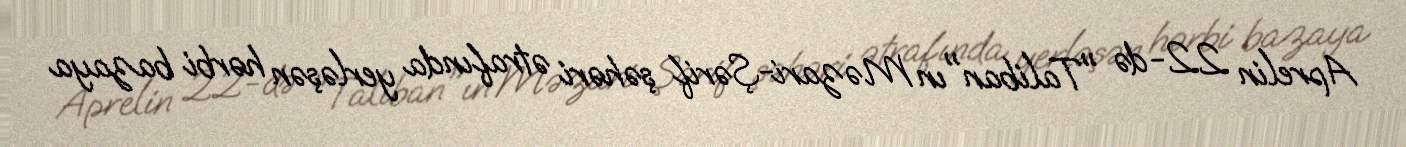
Aprelin 22-də "Taliban"ın Məzari-Şərif şəhəri ətrafında yerləşən hərbi bazaya